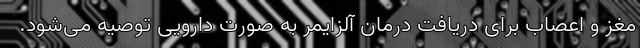
مغز و اعصاب برای دریافت درمان آلزایمر به‌ صورت دارویی توصیه می‌شود.